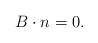
LaTeX: \begin{align*}B\cdot n=0.\end{align*}